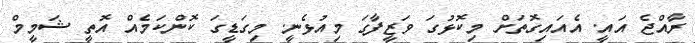
ރާއްޖެ އައީ. އެއައިގޮތަށް މިކޮޅުގަ ވަޒީފާގަ މިއުޅެނީ. މިގަޑީގަ ކޮންކަމެއް އޮތީ ޝަމީމް